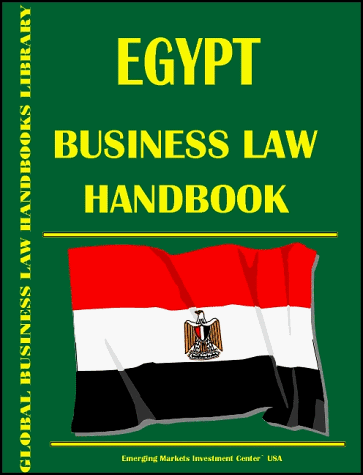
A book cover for Malawi Business Intelligence Report; Ibp Usa; Travel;